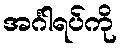
အင်္ဂါရပ်ကို